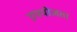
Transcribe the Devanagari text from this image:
उपयोजता